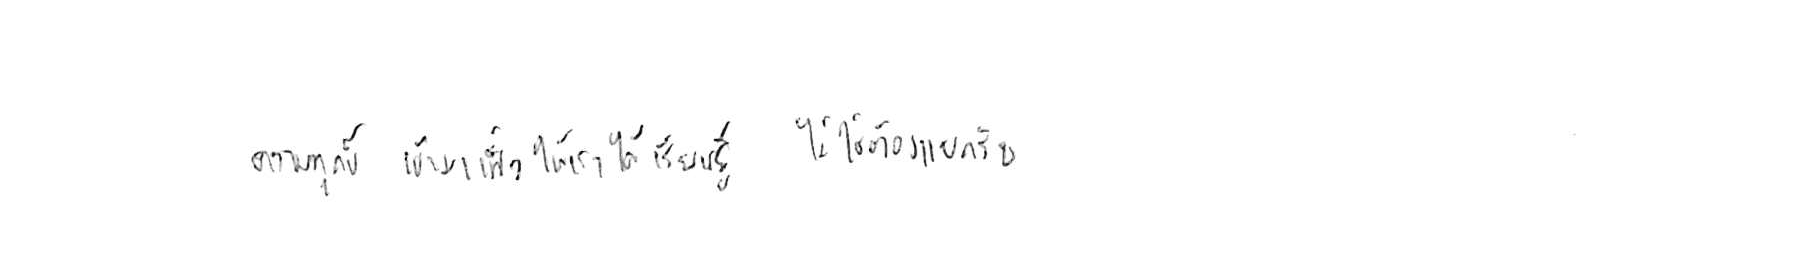
ความทุกข์ เข้ามาเพื่อให้เราได้ เรียนรู้ ไม่ใช่ต้อง แบกรับ